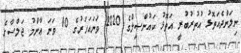
ނިލަންދެއަތޮޅު އުތުރުބުރީ އަތޮޅު ކައުންސިލްގެ 2020 ވަނައަހަރުގެ 10 ވަނަ ޢާންމު ޖަލްސާގެ